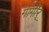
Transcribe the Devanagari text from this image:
गागीर्